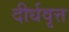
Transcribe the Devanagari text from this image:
दीर्धवृत्त